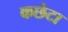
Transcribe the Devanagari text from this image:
कछेटा